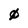
Character: 0